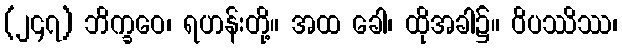
(၂၄၇) ဘိက္ခဝေ၊ ရဟန်းတို့။ အထ ခေါ၊ ထိုအခါ၌။ ဝိပဿိဿ၊